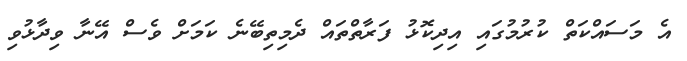
އެ މަސައްކަތް ކުުރުމުގައި އިދިކޮޅު ފަރާތްތައް ދެމިތިބޭނެ ކަމަށް ވެސް އޭނާ ވިދާޅުވި